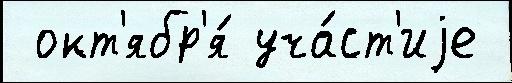
 окт'ябр'я́ уча́ст'иjе